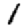
Digit: 1